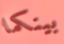
بينكما